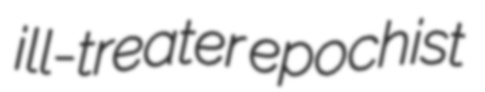
ill-treater epochist